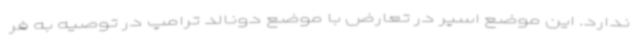
ندارد. این موضع اسپر در تعارض با موضع دونالد ترامپ در توصیه به فر